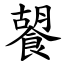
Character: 䭌